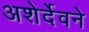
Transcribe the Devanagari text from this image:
अशेर्देवने